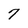
Character: 7